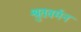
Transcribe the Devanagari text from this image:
श्रुतवर्मन